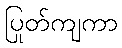
ပြုတ်ကျကာ